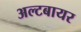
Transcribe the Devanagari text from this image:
अल्टबायर